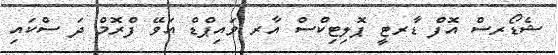
ޝެޑޯރސް އޮފް ޑާރޓީ ޕޮލިޓިކްސް އާރ ވައިޕްޑް އަވޭ ފްރޮމް ދަ ސްކައި